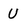
Character: U